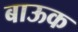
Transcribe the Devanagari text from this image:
बाऊक